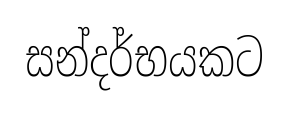
සන්දර්භයකට